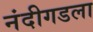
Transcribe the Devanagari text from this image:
नंदीगडला